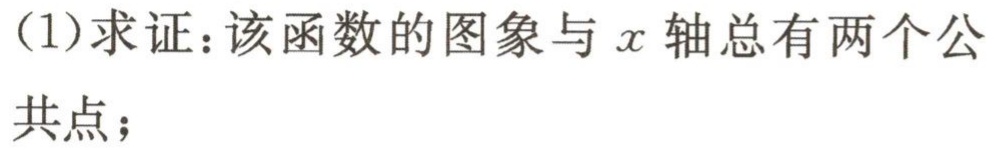
(1)求证：该函数的图象与\(x\)轴总有两个公共点；